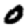
Digit: 0